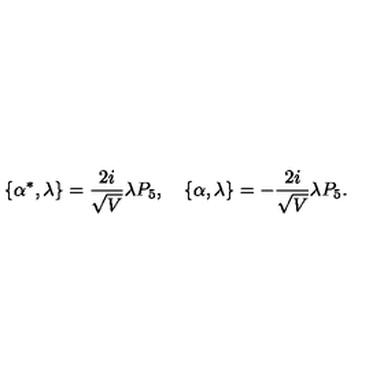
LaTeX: \{ \alpha ^ { * } , \lambda \} = \frac { 2 i } { \sqrt { V } } \lambda P _ { 5 } , \quad \{ \alpha , \lambda \} = - \frac { 2 i } { \sqrt { V } } \lambda P _ { 5 } .